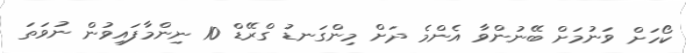
ކޯހަށް ވަނުމަށް ބޭނުންވާ އެންމެ ދަށް މިންގަނޑު ގްރޭޑް 10 ނިންމާފައިވުން ނުވަތަ